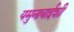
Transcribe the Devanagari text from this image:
यमुनाबाईशी